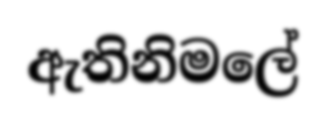
ඇතිනිමලේ